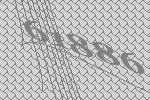
61886